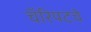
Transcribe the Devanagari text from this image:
चॅरियटचे